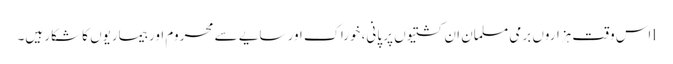
lاس وقت ہزاروں برمی مسلمان ان کشتیوں پر پانی، خوراک اور سایے سے محروم اور بیماریوں کا شکار ہیں۔